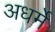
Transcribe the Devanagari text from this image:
अधर्मे